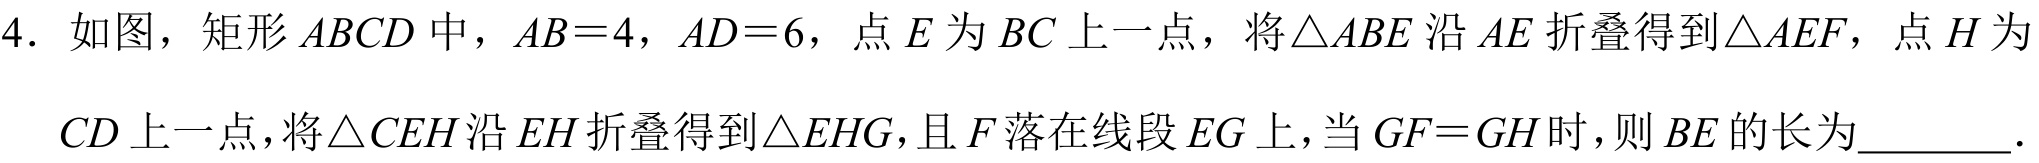
4. 如图，矩形\(ABCD\)中，\(AB = 4\)，\(AD = 6\)，点\(E\)为\(BC\)上一点，将\(\triangle ABE\)沿\(AE\)折叠得到\(\triangle AEF\)，点\(H\)为\(CD\)上一点，将\(\triangle CEH\)沿\(EH\)折叠得到\(\triangle EHG\)，且\(F\)落在线段\(EG\)上，当\(GF = GH\)时，则\(BE\)的长为  ．